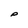
Character: p